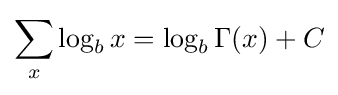
\sum _{x}\log _{b}x=\log _{b}\Gamma (x)+C